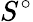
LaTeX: S^{\circ}